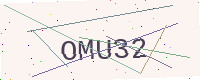
Text: OMU32